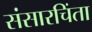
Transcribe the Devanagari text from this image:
संसारचिंता